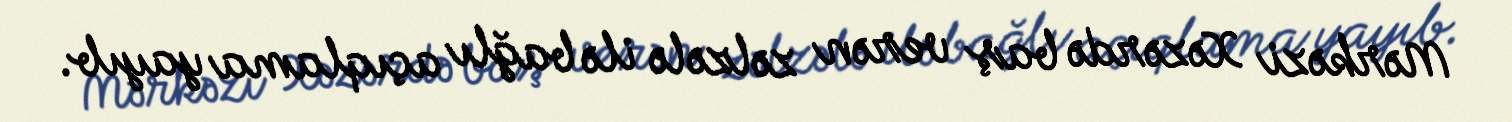
Mərkəzi Xəzərdə baş verən zəlzələ ilə bağlı açıqlama yayıb.